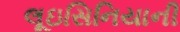
લૂઇસિનિયાની